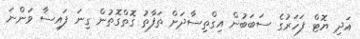
އަދި ޔޮޓް ފަހަރުގެ ސަބަބުން އިގްތިސާދަށް ތަފާތު ގޮތްގޮތުން ގިނަ ފައިސާ ވަންނަ